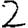
Digit: 2